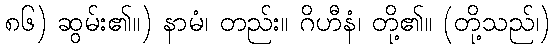
၈၆) ဆွမ်း၏။) နာမံ၊ တည်း။ ဂိဟီနံ၊ တို့၏။ (တို့သည်၊)